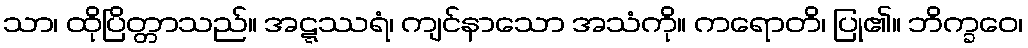
သာ၊ ထိုပြိတ္တာသည်။ အဋ္ဋဿရံ၊ ကျင်နာသော အသံကို။ ကရောတိ၊ ပြု၏။ ဘိက္ခဝေ၊